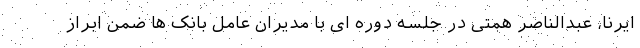
ایرنا، عبدالناصر همتی در جلسه دوره ای با مدیران عامل بانک ها ضمن ابراز